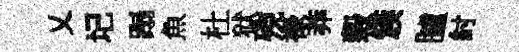
乂圮蹋魚杜狱殑禄莽穀簇臚紂